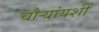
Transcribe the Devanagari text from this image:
चौऱ्यांयशीं